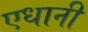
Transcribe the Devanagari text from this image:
एधानी